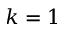
k = 1